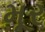
મૂર